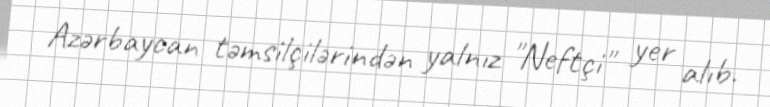
Azərbaycan təmsilçilərindən yalnız "Neftçi" yer alıb.